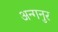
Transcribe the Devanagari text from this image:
अन्गनुर